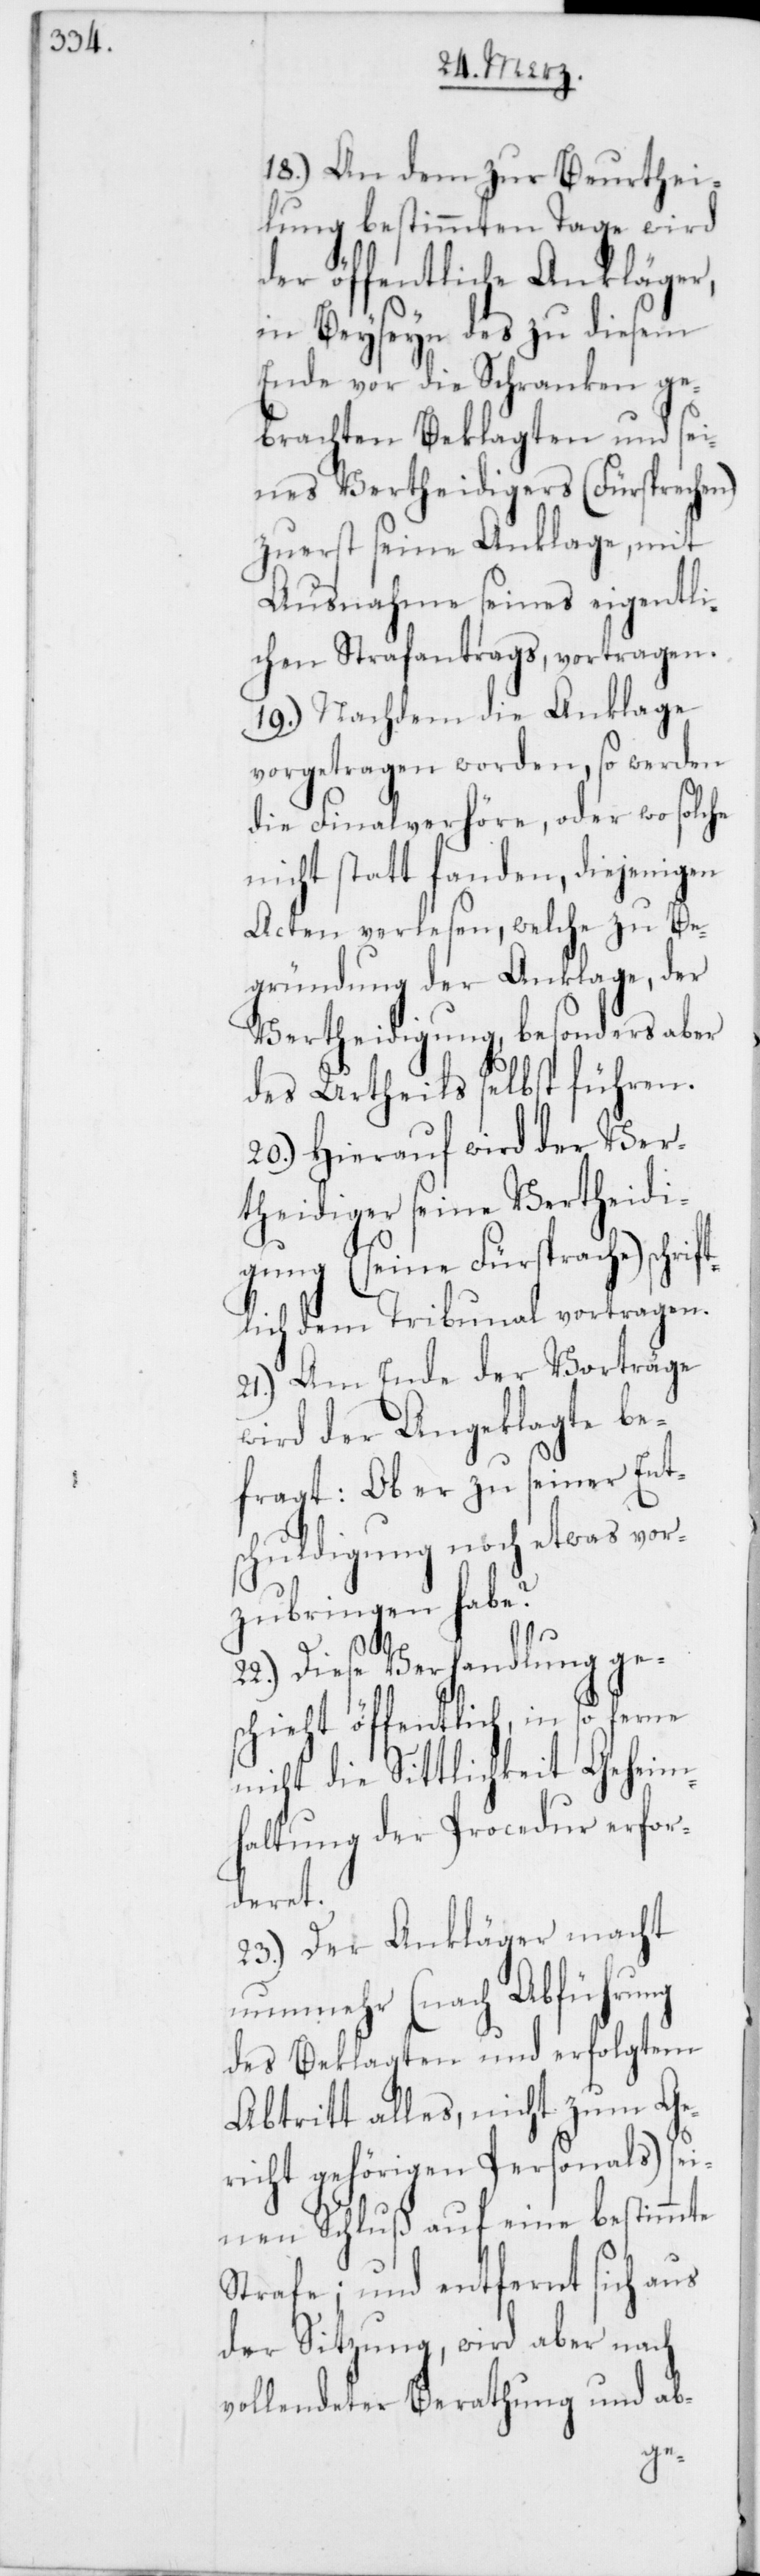
18.) An dem zur Beurthei¬
lung bestimmten Tage wird
der öffentliche Ankläger,
in Beyseyn des zu diesem
Ende vor die Schranken ge¬
brachten Beklagten und sei¬
nes Vertheidigers (Fürsprechen)
zuerst seine Anklage, mit
Ausnahme seines eigentli¬
chen Strafantrags, vortragen.
19.) Nachdem die Anklage
vorgetragen worden, so werden
die Finalverhöre, oder wo solche
nicht statt fanden, diejenigen
Acten verlesen, welche zu Be¬
gründung der Anklage, der
Vertheidigung, besonders aber
des Urtheils selbst führen.
20.) Hierauf wird der Ver¬
theidiger seine Vertheidi¬
gung (seine Fürsprache) schrif¬
tlich dem Tribunal vortragen.
21.) Am Ende der Vorträge
wird der Angeklagte be¬
fragt: Ob er zu seiner Ents¬
vor¬
chuldigung noch etwas
zubringen habe?
22.) Diese Verhandlung ges¬
chieht öffentlich, in so ferne
nicht die Sittlichkeit Geheim¬
haltung der Procedur erfor¬
deret.
23.) Der Ankläger macht
nunmehr (nach Abführung
des Beklagten und erfolgtem
Abtritt alles, nicht zum Ge¬
richt gehörigen Personals) sei¬
nen Schluß auf eine bestimmte
Strafe; und entfernt sich aus
der Sitzung, wird aber nach
vollendeter Berathung und ab-